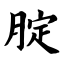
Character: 腚